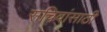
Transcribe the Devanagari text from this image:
सचिवांसाठी